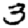
Digit: 3